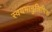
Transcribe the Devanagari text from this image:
स्वयमानुलिपिक